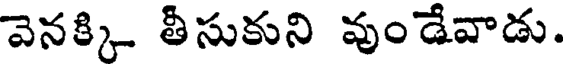
వెనక్కి తీసుకుని వుండేవాడు.